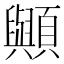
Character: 𮨠